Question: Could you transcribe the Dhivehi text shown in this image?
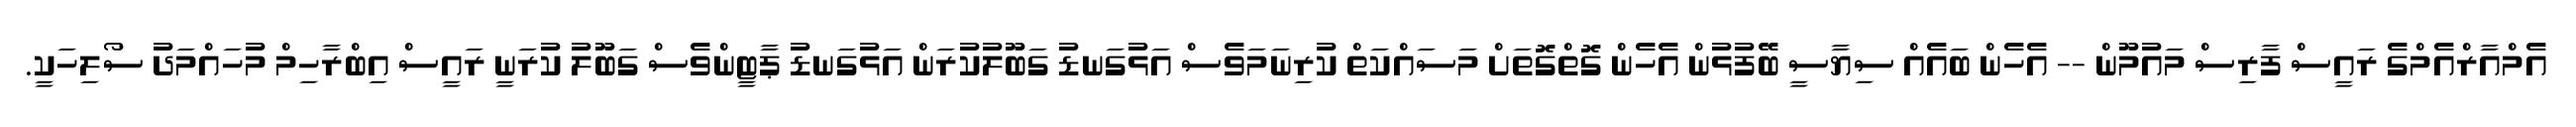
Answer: އެމްއާރްއެމްގެ ރައީސް ފާރިސް މައުމޫން -- އެހެން ބައެއް ސިޔާސީ ބޭފުޅުން އެހެން ގޮތްގޮތަށް މަސައްކަތް ކުރިނަމަވެސް އަޅުގަނޑު ގަބޫލުކުރަން އަޅުގަނޑު ޕާޓީންވެސް ގަބޫލު ކުރަނީ ރައީސް އިބްރާހިމް މުހައްމަދު ސޯލިހަކީ.